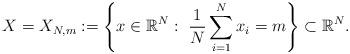
LaTeX: \begin{align*}X = X_{N, m} : = \left \{ x \in \mathbb{R}^{N} : \ \frac{1}{N} \sum_{i=1}^{N} x_i =m \right \} \subset \mathbb{R}^{N}.\end{align*}